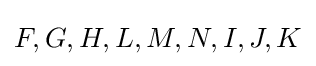
F,G,H,L,M,N,I,J,K